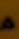
من